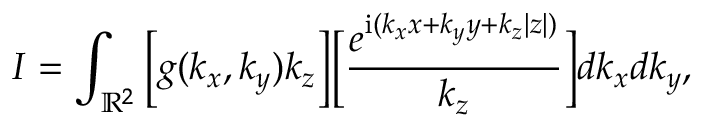
I = \int _ { \mathbb { R } ^ { 2 } } \bigg [ g ( k _ { x } , k _ { y } ) k _ { z } \bigg ] \bigg [ \frac { e ^ { \mathrm { i } ( k _ { x } x + k _ { y } y + k _ { z } | z | ) } } { k _ { z } } \bigg ] d k _ { x } d k _ { y } ,